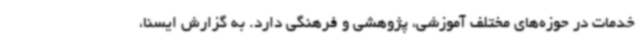
خدمات در حوزه‌های مختلف آموزشی، پژوهشی و فرهنگی دارد. به گزارش ایسنا،